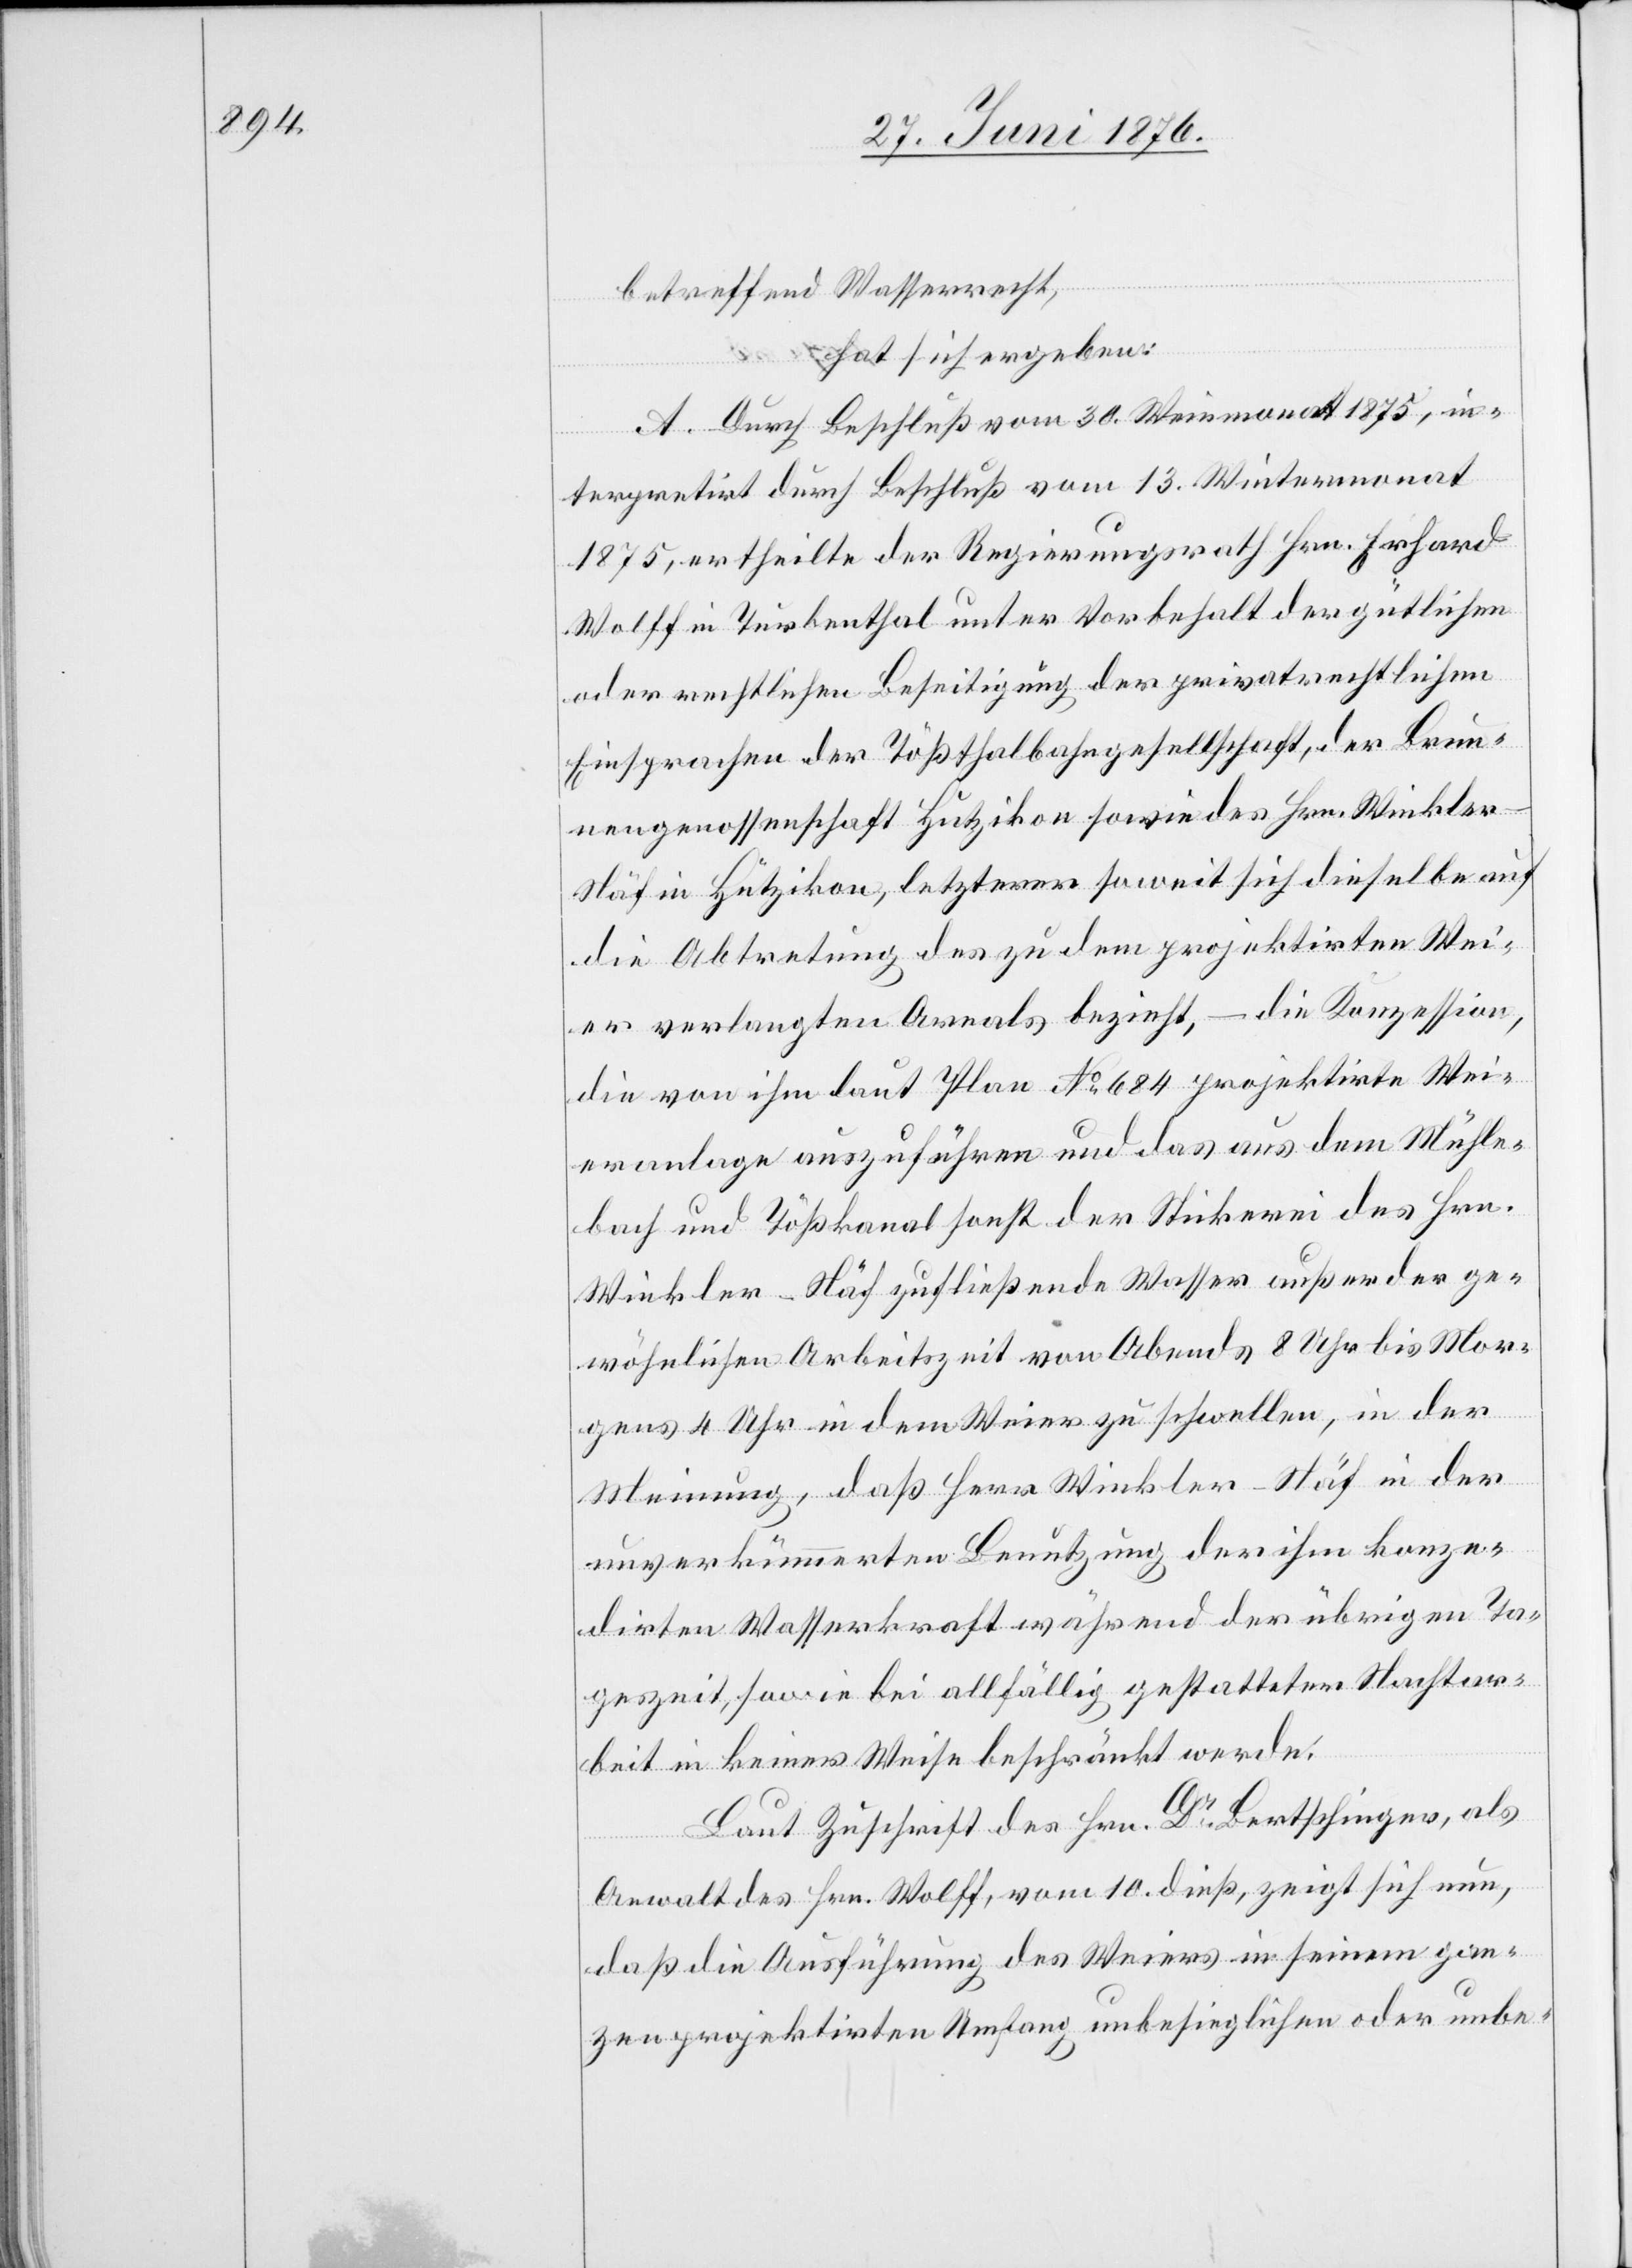
ge¬
betreffend Wasserrecht,
hat sich ergeben:
A. Durch Beschluß vom 30. Weinmonat 1875, in¬
terpretirt durch Beschluß vom 13. Wintermonat
1875, ertheilte der Regierungsrath Hrn. Erhard
Wolff in Turbenthal unter Vorbehalt der gütlichen
oder rechtlichen Beseitigung der privatrechtlichen
Einsprachen der Tößthalbahngesellschaft, der Brun¬
nengenossenschaft Hutzikon sowie des Hrn. Winkler-N¬
äf in Hutzikon, letzterer soweit sich dieselbe auf
die Abtretung des zu dem projektirten Wei¬
er verlangten Areals bezieht, – die Konzession
die von ihm laut Plan No 684 projektirte Wei¬
eranlage auszuführen und das aus dem Mühle¬
wöhnlichen Arbeitszeit von Abends 8 Uhr bis Mor¬
gens 4 Uhr in dem Weier zu schwellen, in der
Meinung, daß Herr Winkler-Näf in der
unverkümmerten Benutzung der ihm konze¬
dirten Wasserkraft während der übrigen Ta¬
geszeit, sowie bei allfällig gestatteter Nachtar¬
beit in keiner Weise beschränkt werde.
Laut Zuschrift des Hrn. Bertschinger, als
Anwalt des Hrn. Wolff, vom 10. dieß, zeit sich nun,
daß die Ausführung des Weiers in seinem gan¬
zen projektirten Umfang unbesieglichen oder unbe-